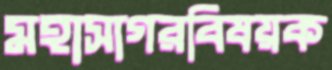
মহাসাগরবিষয়ক